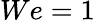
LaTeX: We=1